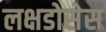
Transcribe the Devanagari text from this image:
लक्षडोसेस